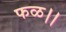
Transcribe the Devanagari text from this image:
फळ।।